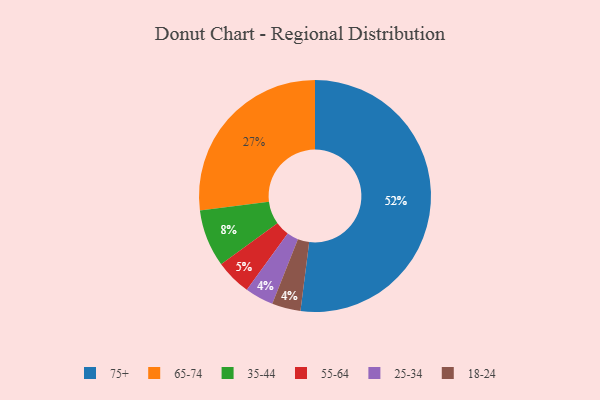
{"axis": {"x": "Category", "y": "Percentage"}, "legend": ["18-24", "25-34", "35-44", "55-64", "65-74", "75+"], "data": [{"x": "35-44", "y": 8, "type": "35-44"}, {"x": "25-34", "y": 4, "type": "25-34"}, {"x": "75+", "y": 52, "type": "75+"}, {"x": "18-24", "y": 4, "type": "18-24"}, {"x": "55-64", "y": 5, "type": "55-64"}, {"x": "65-74", "y": 27, "type": "65-74"}]}